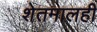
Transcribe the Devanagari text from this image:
शेतमालही